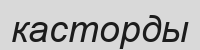
касторды